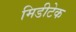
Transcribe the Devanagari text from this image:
मिडीटेक